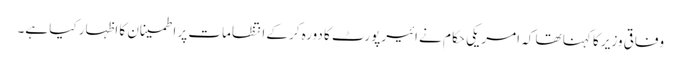
وفاقی وزیر کا کہنا تھا کہ امریکی حکام نے ائیرپورٹ کا دورہ کرکے انتظامات پر اطمینان کا اظہار کیا ہے۔